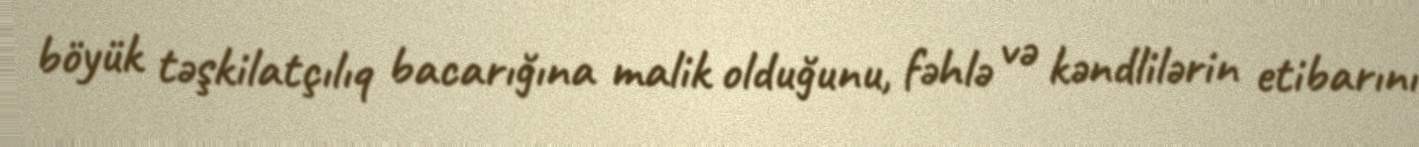
böyük təşkilatçılıq bacarığına malik olduğunu, fəhlə və kəndlilərin etibarını